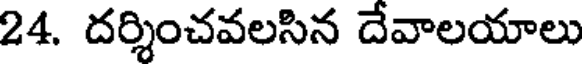
24. దర్శించవలసిన దేవాలయాలు